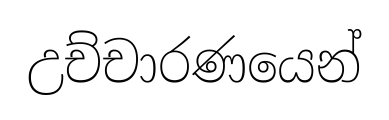
උච්චාරණයෙන්